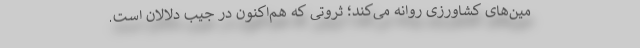
مین‌های کشاورزی روانه می‌کند؛ ثروتی که هم‌اکنون در جیب دلالان است.